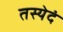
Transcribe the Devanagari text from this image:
तस्येदं